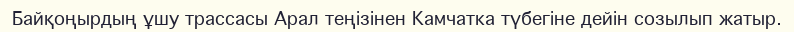
Байқоңырдың ұшу трассасы Арал теңізінен Камчатка түбегіне дейін созылып жатыр.